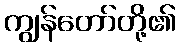
ကျွန်တော်တို့၏